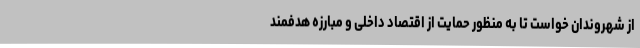
از شهروندان خواست تا به منظور حمایت از اقتصاد داخلی و مبارزه هدفمند